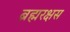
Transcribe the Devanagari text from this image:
ब्रह्मरक्षस